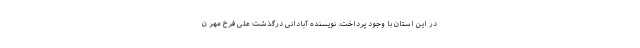
در این استان با وجود پرداخت. نویسنده آبادانی درگذشت علی فرخ مهر ن